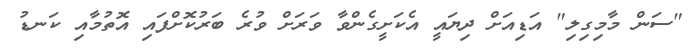
"ސަން މާމިގިލި" އަޑިއަށް ދިޔައީ އެކަށީގެންވާ ވަރަށް ވުރެ ބަރުކޮށްފައި އޮތުމާއި ކަނޑު